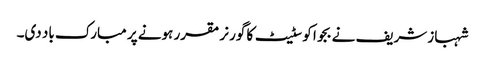
شہباز شریف نے بجوا کو سٹیٹ کا گورنر مقرر ہونے پر مبارک باد دی۔